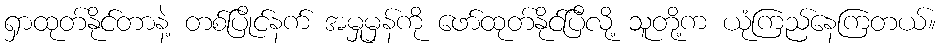
ရှာထုတ်နိုင်တာနဲ့ တစ်ပြိုင်နက် အမှုမှန်ကို ဖော်ထုတ်နိုင်ပြီလို့ သူတို့က ယုံကြည်နေကြတယ်။